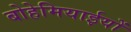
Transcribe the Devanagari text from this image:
बोहेमियाईयों